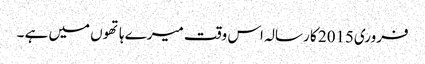
فروری2015 کا رسالہ اس وقت میرے ہاتھوں میں ہے ۔